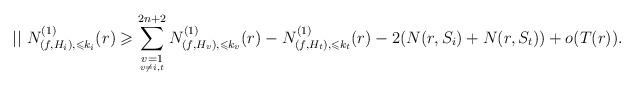
LaTeX: \begin{align*}||\ N^{(1)}_{(f,H_i),\leqslant k_i}(r)\geqslant \sum_{\underset{v\ne i,t}{v=1}}^{2n+2}N^{(1)}_{(f,H_v),\leqslant k_v}(r)-N^{(1)}_{(f,H_t),\leqslant k_t}(r)-2(N(r,S_i)+N(r,S_t))+o(T(r)).\end{align*}